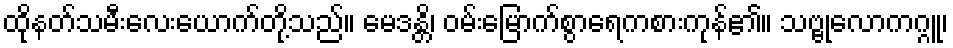
ထိုနတ်သမီးလေးယောက်တို့သည်။ မေဒန္တိ၊ ဝမ်းမြောက်စွာရေကစားကုန်၏။ သဗ္ဗုလောကဂ္ဂူ၊